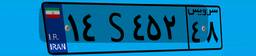
۳۴S۶۸۲۲۶